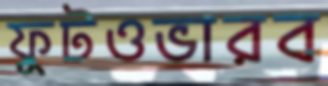
ফুটওভারব